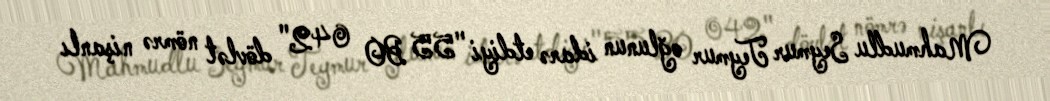
Mahmudlu Seymur Teymur oğlunun idarə etdiyi "55 BO 042" dövlət nömrə nişanlı